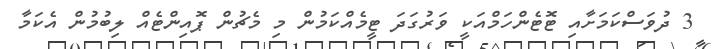
3 ދުވަސްކަމަށާއި ޓޮޓެންހަމްއަކީ ވަރުގަދަ ޓީމެއްކަމުން މި މެޗުން ޕޮއިންޓެއް ލިބުމުން އެކަމާ